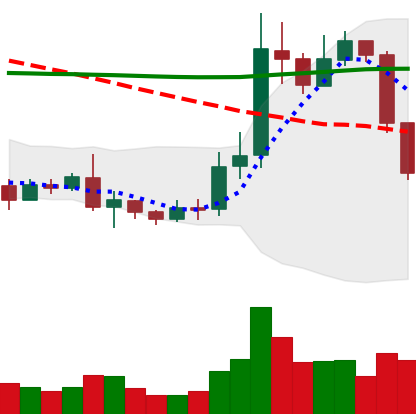
Ticker: ETC-USD
Chart end date: 2019-08-29
Forward return: 14.551%
Label: up_7plus